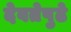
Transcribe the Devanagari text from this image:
देवतेपुढे